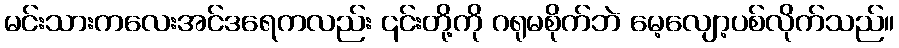
မင်းသားကလေးအင်ဒရေကလည်း ၎င်းတို့ကို ဂရုမစိုက်ဘဲ မေ့လျော့ပစ်လိုက်သည်။